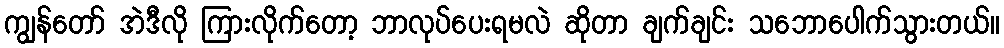
ကျွန်တော် အဲဒီလို ကြားလိုက်တော့ ဘာလုပ်ပေးရမလဲ ဆိုတာ ချက်ချင်း သဘောပေါက်သွားတယ်။